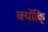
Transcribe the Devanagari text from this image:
क्योंकि्